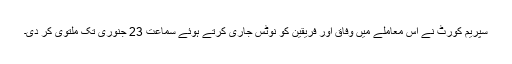
سپریم کورٹ نے اس معاملے میں وفاق اور فریقین کو نوٹس جاری کرتے ہوئے سماعت 23 جنوری تک ملتوی کر دی۔